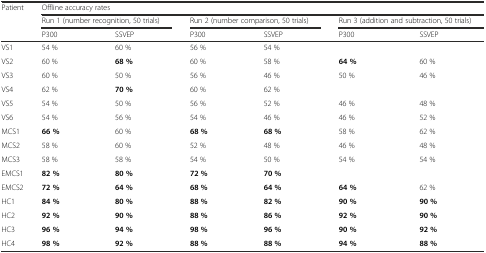
| <ROWSPAN=3> Patient | <COLSPAN=6> Offline accuracy rates |
 | <COLSPAN=2> Run 1 (number recognition, 50 trials) | <COLSPAN=2> Run 2 (number comparison, 50 trials) | <COLSPAN=2> Run 3 (addition and subtraction, 50 trials) |
 | P300 | SSVEP | P300 | SSVEP | P300 | SSVEP |
 | --- | --- | --- | --- | --- | --- | --- |
 | VS1 | 54 % | 60 % | 56 % | 54 % | <COLSPAN=2>  |
 | VS2 | 60 % | 68 % | 60 % | 58 % | 64 % | 60 % |
 | VS3 | 60 % | 50 % | 56 % | 46 % | 50 % | 46 % |
 | VS4 | 62 % | 70 % | 60 % | 62 % | <COLSPAN=2>  |
 | VS5 | 54 % | 50 % | 56 % | 52 % | 46 % | 48 % |
 | VS6 | 54 % | 56 % | 54 % | 46 % | 46 % | 52 % |
 | MCS1 | 66 % | 60 % | 68 % | 68 % | 58 % | 62 % |
 | MCS2 | 58 % | 60 % | 52 % | 48 % | 46 % | 48 % |
 | MCS3 | 58 % | 58 % | 54 % | 50 % | 54 % | 54 % |
 | EMCS1 | 82 % | 80 % | 72 % | 70 % | <COLSPAN=2>  |
 | EMCS2 | 72 % | 64 % | 68 % | 64 % | 64 % | 62 % |
 | HC1 | 84 % | 80 % | 88 % | 82 % | 90 % | 90 % |
 | HC2 | 92 % | 90 % | 88 % | 86 % | 92 % | 90 % |
 | HC3 | 96 % | 94 % | 98 % | 96 % | 90 % | 92 % |
 | HC4 | 98 % | 92 % | 88 % | 88 % | 94 % | 88 % |